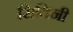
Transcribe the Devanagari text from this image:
सितिनी